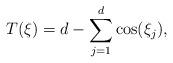
LaTeX: \begin{align*}T(\xi)=d-\sum_{j=1}^d\cos(\xi_j),\end{align*}